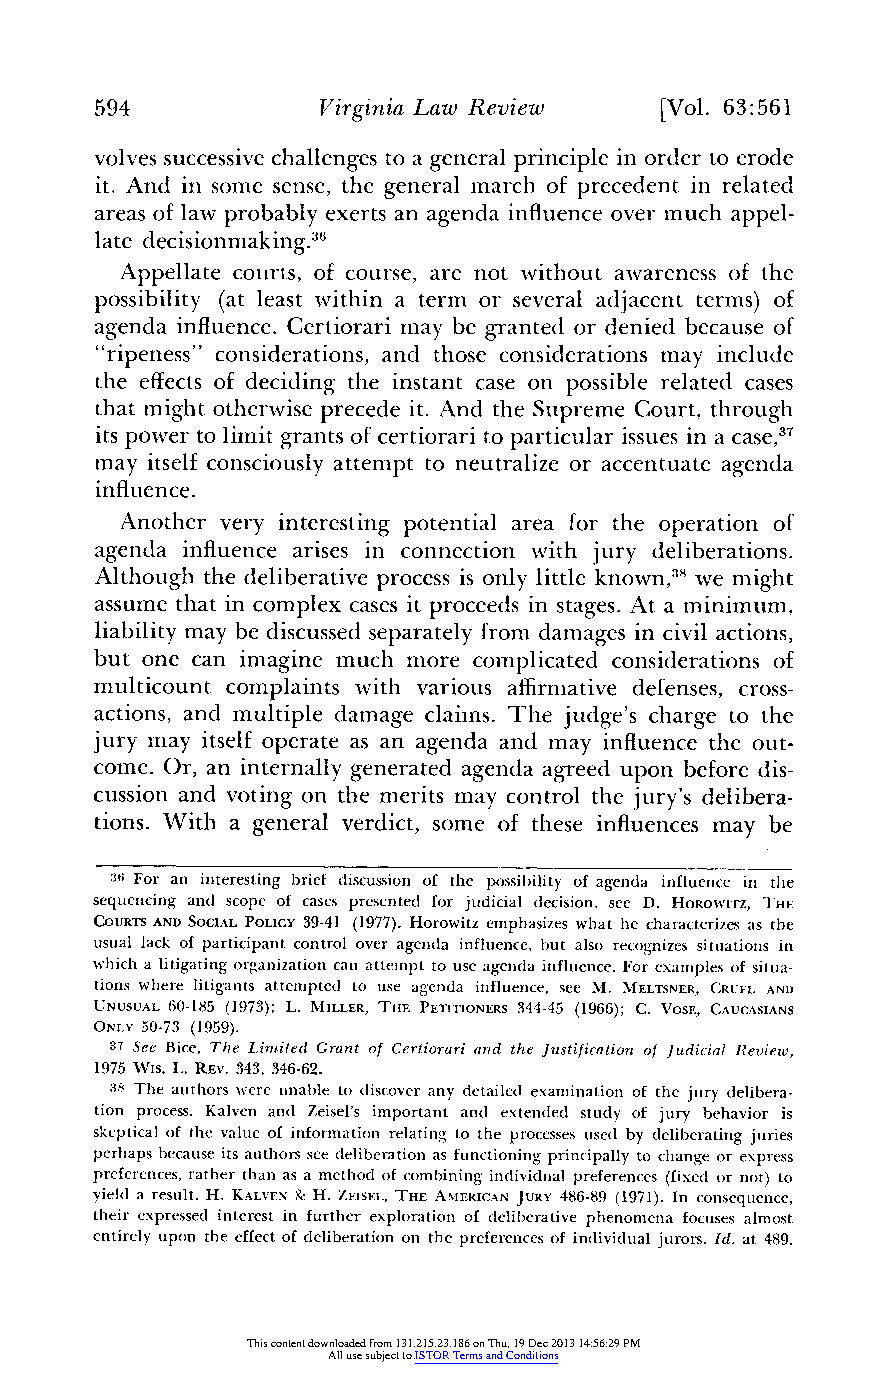
594            Virginia Law Review    [Vol. 63:561
 volves successivec hallenges to a general principle in order to erode
 it. And in some sense, the general march of precedent in related
 areas of law probably exerts an agenda influenceo ver much appel-
 late decisionmaking.36
 Appellate courts, of course, are not without awareness of the
 possibility (at least within a term or several adjacent terms) of
 agenda influence.C ertiorari may be granted or denied because of
 "ripeness" considerations, and those considerations may include
 the effectso f deciding the instant case on possible related cases
 that might otherwisep recede it. And the Supreme Court, through
 its power to limit grantso f certiorarit o particular issues in a case,37
 may itselfc onsciously attempt to neutralize or accentuate agenda
 influence.
 Another very interestingp otential area for the operation of
 agenda influence arises in connection with jury deliberations.
 Although the deliberative process is only little known,38w e might
 assume that in complex cases it proceeds in stages. At a minimum,
 liability may be discussed separatelyf romd amages in civil actions,
 but one can imagine much more complicated considerations of
 multicount complaints with various affirmatived efenses, cross-
 actions, and multiple damage claims. The judge's charge to the
 jury may itself operate as an agenda and may influence the out-
 come. Or, an internallyg enerated agenda agreed upon before dis-
 cussion and voting on the merits may control the jury's delibera-
 tions. With a general verdict, some of these influences may be
 36 For an interesting brief discussion of the possibility of agenda influence in the
 sequencing and scope of cases presented for judicial decision, see D. HOROWITZ, THE
 COURTS AND SOCIAL POLICY 39-41 (1977). Horowitz emphasizes what he characterizesa s the
 usual lack of participant control over agenda influence,b ut also recognizes situations in
 Whicha litigatingo rganization can attempt to use agenda influence.F or examples of situa-
 tions where litigants attempted to use agenda influence, see M. MELTSNER, CRUEL AND
 UNUSUAL 60-185 (1973); L. MILLER, THE PETITIONERS 344-45 (1966); C. VOSE, CAUCASIANS
 ONLY 50-73 (1959).
 37 See Bice, The Limited Grant of Certiorari and the Justification of Judicial Review,
 1975 WIs. L. REV. 343, 346-62.
 38 The authors were unable to discover any detailed examination of the jury delibera-
 tion process. Kalven and Zeisel's important and extended study of jury behavior is
 skeptical of the value of informationr elating to the processes used by deliberating juries
 perhaps because its authors see deliberation as functioningp rincipallyt o change or express
 preferencesr, ather than as a method of combiningi ndividual preferences( fixed or not) to
 yield a result. H. KALVEN &-H . ZEISEL, THE AMERICAN JURY 486-89 (1971). In consequence,
 their expressed interest in furthere xploration of deliberative phenomena focuses almost
 entirelyu pon the effecto f deliberation on the preferenceso f individual jurors. Id. at 489.
 This content downloaded from 131.215.23.186 on Thu, 19 Dec 2013 14:56:29 PM
 All use subject to JSTOR Terms and Conditions